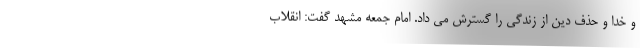
و خدا و حذف دین از زندگی را گسترش می داد. امام جمعه مشهد گفت: انقلاب